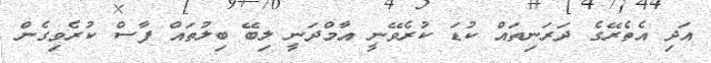
އަދި އެތެރޭގެ ދަރަނިތައް ކުޑަ ކުރެވޭނީ އާމްދަނީ ލިބޭ ބިލުތައް ފާސް ކުރެވިގެން